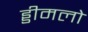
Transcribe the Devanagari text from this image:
ड्डीमलो